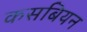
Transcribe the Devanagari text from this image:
कसबियन